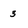
Character: 3